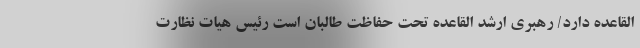
القاعده دارد/ رهبری ارشد القاعده تحت حفاظت طالبان است رئیس هیات نظارت